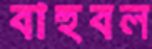
বাহুবল